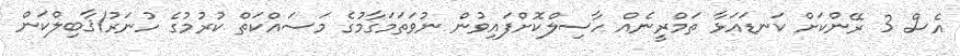
އެސް 3 ރޭންކަށް ކަނޑައަޅާ ތަމްރީނެއް ހާސިލްކޮށްފައިވުން ނުވަތަމަގާމުގެ މަސައްކަތް ކުރުމުގެ ހުނަރު/ޤާބިލްކަން